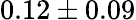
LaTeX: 0.12\pm 0.09